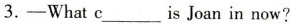
3.-What c___is Joan in now?